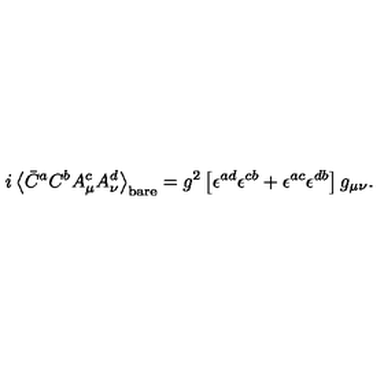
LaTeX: i \left< \bar { C } ^ { a } C ^ { b } A _ { \mu } ^ { c } A _ { \nu } ^ { d } \right> _ { \mathrm { b a r e } } = g ^ { 2 } \left[ \epsilon ^ { a d } \epsilon ^ { c b } + \epsilon ^ { a c } \epsilon ^ { d b } \right] g _ { \mu \nu } .